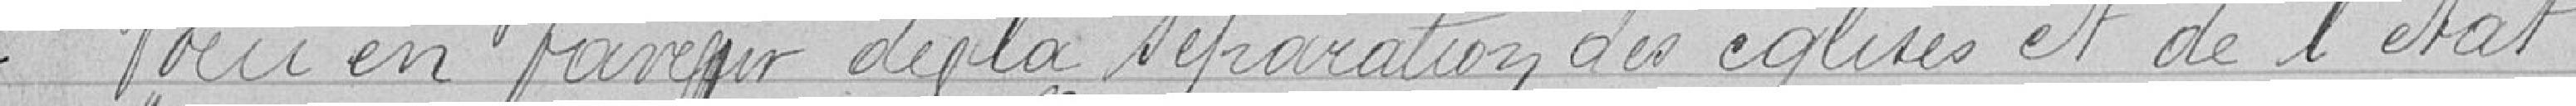
Vœu en faveur de la séparation des églises et de l'état